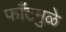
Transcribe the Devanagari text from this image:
फाँटमुळे